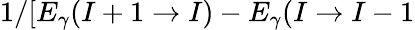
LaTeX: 1/[E_{\gamma}(I+1\rightarrow I)-E_{\gamma}(I\rightarrow I-1